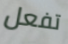
تفعل